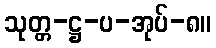
သုတ္တ-ဋ္ဌ-ပ-အုပ်-၈။